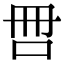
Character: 𰇑